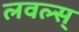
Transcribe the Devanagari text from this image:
लवल्स्